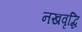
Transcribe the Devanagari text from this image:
नखवृद्धि